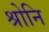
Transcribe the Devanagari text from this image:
श्रोनि